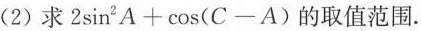
(2)求$$2 \sin ^ { 2 } A + \cos ( C - A )$$的取值范围.